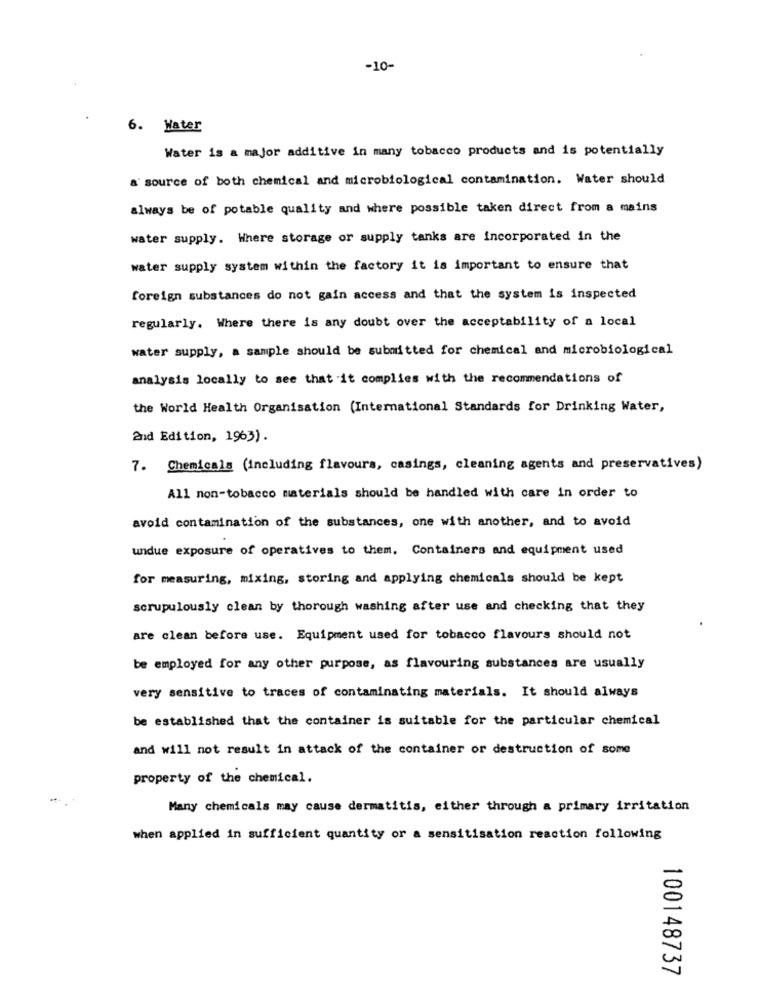
-10-
6. Hater
Water is a major additive in many tobacco products and is potentially
a' source of both chemical and microbiological contamination. Water should
always be of potable quality and where possible taken direct from a mains
water supply. Where storage or supply tanks are incorporated in the
water supply system within the factory it is important to ensure that
foreign substances do not gain access and that the system is inspected
regularly. Where there is any doubt over the acceptability of a local
water supply, a sample should be submitted for chemical and microbiological
analysis locally to see that it complies with the recommendations of
the World Health Organisation (International Standards for Drinking Water,
2nd Edition, 1963).
7. Chemicals (including flavours, casings, cleaning agents and preservatives)
All non-tobacco materials should be handled with care in order to
avoid contamination of the substances, one with another, and to avoid
undue exposure of operatives to them. Containers and equipment used
for measuring, mixing, storing and applying chemicals should be kept
scrupulously clean by thorough washing after use and checking that they
are clean before use. Equipment used for tobacco flavours should not
be employed for any other purpose, as flavouring substances are usually
very sensitive to traces of contaminating materials. It should always
be established that the container is suitable for the particular chemical
and will not result in attack of the container or destruction of some
property of the chemical.
Many chemicals may cause dermatitis, either through a primary irritation
when applied in sufficient quantity or a sensitisation reaction following
00148737